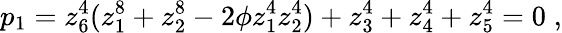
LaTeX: p_{1}=z_{6}^{4}(z_{1}^{8}+z_{2}^{8}-2\phi z_{1}^{4}z_{2}^{4})+z_{3}^{4}+z_{4}^{4}+z_{5}^{4}=0\; ,